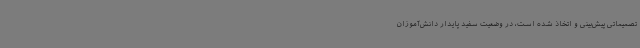
تصمیماتی پیش‌بینی و اتخاذ شده است، در وضعیت سفید پایدار دانش‌آموزان